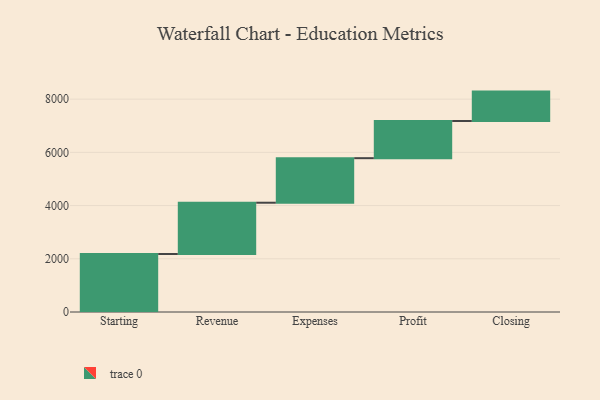
{"axis": {"x": "Step", "y": "Value"}, "legend": [""], "data": [{"x": "Starting", "y": 2179.0, "type": ""}, {"x": "Revenue", "y": 1928.0, "type": ""}, {"x": "Expenses", "y": 1674.0, "type": ""}, {"x": "Profit", "y": 1397.0, "type": ""}, {"x": "Closing", "y": 1105.0, "type": ""}]}